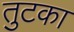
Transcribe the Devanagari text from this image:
तुटका